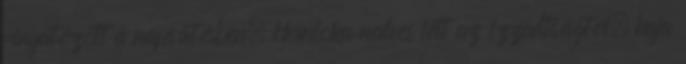
ringatózott a napsütésben. Homloka nedves lett az izzadtságtól, haja